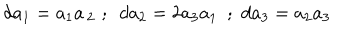
d a _ { 1 } = a _ { 1 } a \, _ { 2 } \, \, ; \, \, \, d a _ { 2 } = 2 a _ { 3 } a _ { 1 } \, \, \, ; \, \, d a _ { 3 } = a _ { 2 } a _ { 3 }